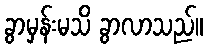
ခွာမှန်းမသိ ခွာလာသည်။